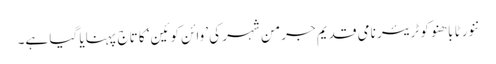
ننورٹا باھنو کو ٹریئر نامی قدیم جرمن شہر کی ’وائن کوئین‘ کا تاج پہنایا گیا ہے۔